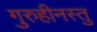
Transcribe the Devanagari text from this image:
गुरुहीनस्तु